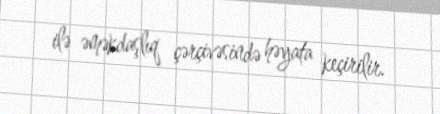
ilə əməkdaşlıq çərçivəsində həyata keçirilir.